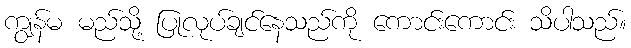
ကျွန်မ မည်သို့ ပြုလုပ်ချင်နေသည်ကို ကောင်းကောင်း သိပါသည်။